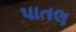
પાતલ